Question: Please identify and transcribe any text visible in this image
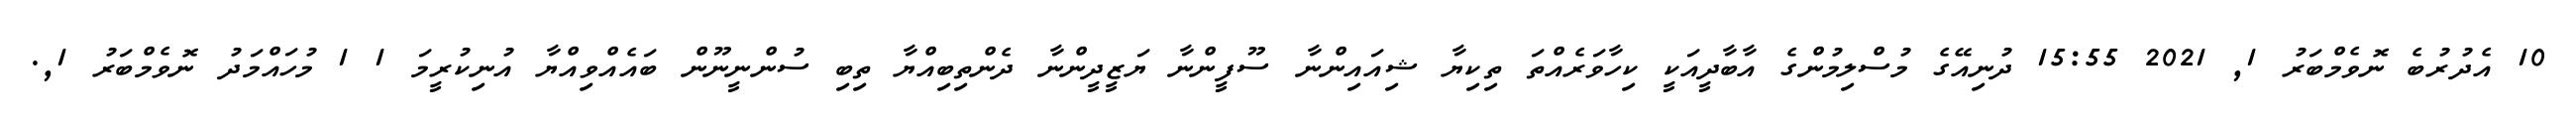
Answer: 10 އެދުރުބެ ނޮވެމްބަރު 1, 2021 15:55 ދުނިއޭގެ މުސްލިމުންގެ އާބާދީއަކީ ކިހާވަރެއްތަ ތިކިޔާ ޝިއައިންނާ ސޫފީންނާ ޔަޒީދީންނާ ދެންތިބިއްޔާ ތިބި ސުންނީނޫން ބައެއްވިއްޔާ އުނިކުރީމަ 1 1 މުހައްމަދު ނޮވެމްބަރު 1,.